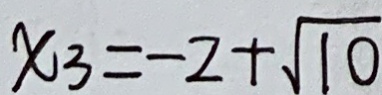
x _ { 3 } = - 2 + \sqrt { 1 0 }